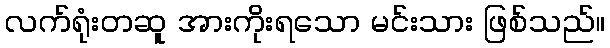
လက်ရုံးတဆူ အားကိုးရသော မင်းသား ဖြစ်သည်။